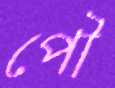
পৌ